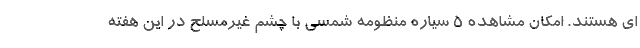
ای هستند. امکان مشاهده ۵ سیاره منظومه شمسی با چشم غیرمسلح در این هفته